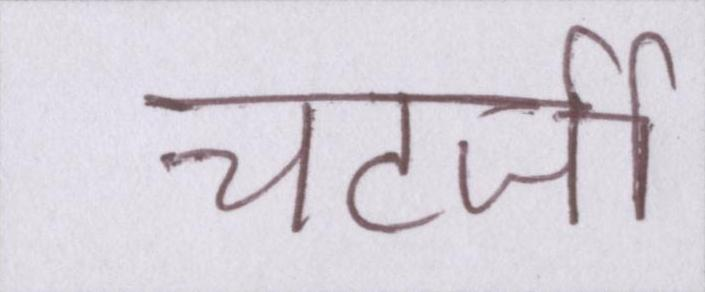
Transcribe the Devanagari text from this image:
चटर्जी